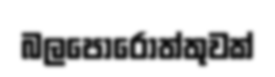
බලපොරොත්තුවක්